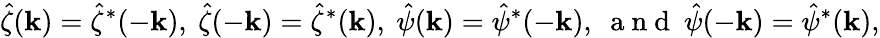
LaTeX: \hat{\zeta}(\mathbf{k})=\hat{\zeta}^{*}(-\mathbf{k}),~\hat{\zeta}(-\mathbf{k})=\hat{\zeta}^{*}(\mathbf{k}),~\hat{\psi}(\mathbf{k})=\hat{\psi}^{*}(-\mathbf{k}),~\mathrm{~a~n~d~}~\hat{\psi}(-\mathbf{k})=\hat{\psi}^{*}(\mathbf{k}),